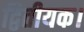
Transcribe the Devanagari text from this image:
द्वितीयक।